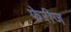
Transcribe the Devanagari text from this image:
फेरीज